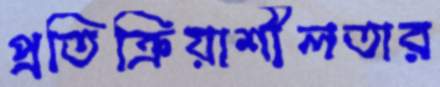
প্রতিক্রিয়াশীলতার